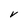
Character: V